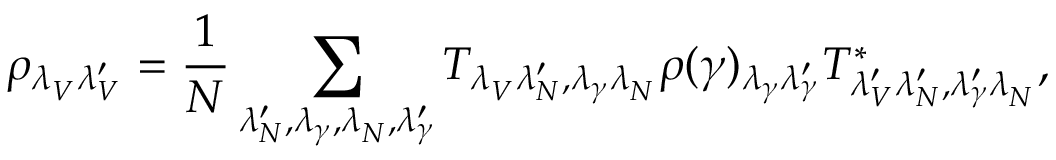
\rho _ { \lambda _ { V } ^ { } \lambda _ { V } ^ { \prime } } = \frac { 1 } { N } \sum _ { \lambda _ { N } ^ { \prime } , \lambda _ { \gamma } , \lambda _ { N } ^ { } , \lambda _ { \gamma } ^ { \prime } } T _ { \lambda _ { V } ^ { } \lambda _ { N } ^ { \prime } , \lambda _ { \gamma } \lambda _ { N } ^ { } } \rho ( \gamma ) _ { \lambda _ { \gamma } \lambda _ { \gamma } ^ { \prime } } T _ { \lambda _ { V } ^ { \prime } \lambda _ { N } ^ { \prime } , \lambda _ { \gamma } ^ { \prime } \lambda _ { N } ^ { } } ^ { * } ,